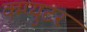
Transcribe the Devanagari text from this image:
क्म्प्युटर